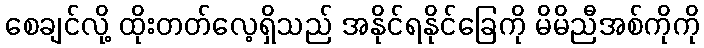
စေချင်လို့ ထိုးတတ်လေ့ရှိသည် အနိုင်ရနိုင်ခြေကို မိမိညီအစ်ကိုကို